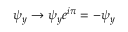
\psi _ { y } \rightarrow \psi _ { y } e ^ { i \pi } = - \psi _ { y }